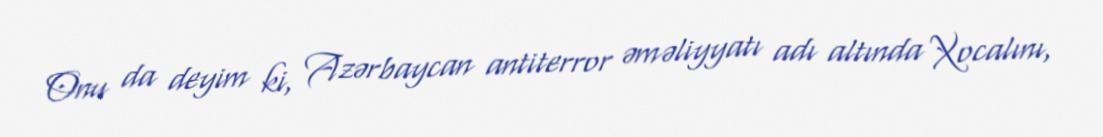
Onu da deyim ki, Azərbaycan antiterror əməliyyatı adı altında Xocalını,